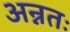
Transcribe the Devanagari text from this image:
अन्नतः